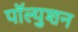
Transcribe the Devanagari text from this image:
पॉल्युशन